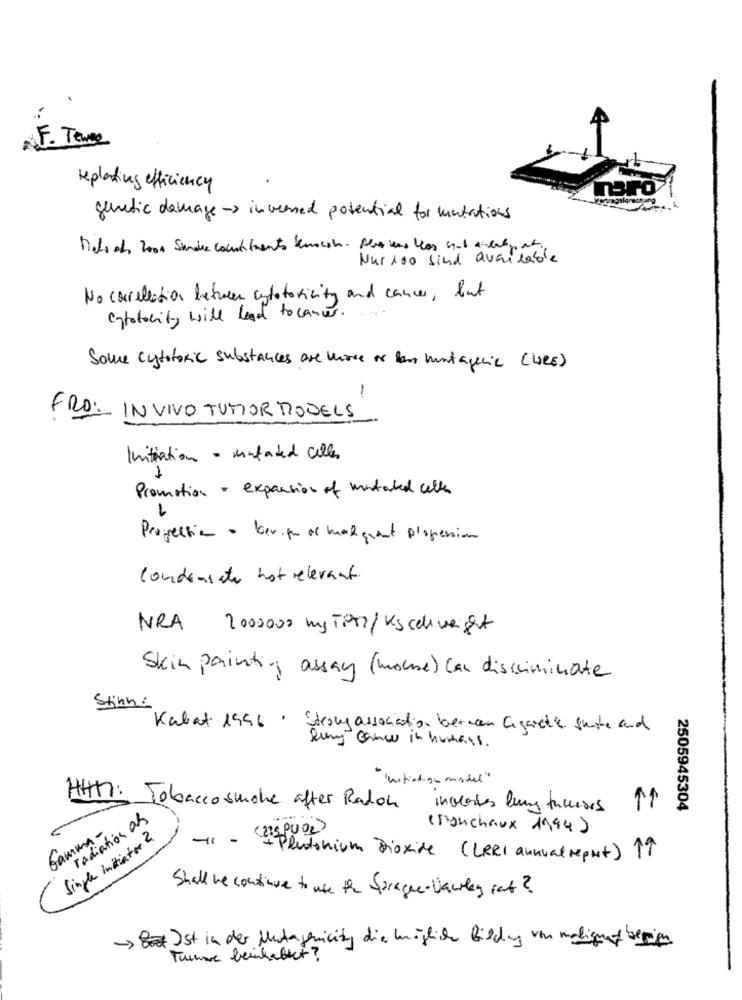
F. Twee
replanting efficiency
genetic demage-> increased potential for mutations
Deli ch 2000 Stunde constituento benocon. Pero uno las sal anderligist.
Nur 100 sind available
No correlation between cytotoxicity and cancer, but
entotocity will lead to cancer .
Some cytotoxic substances are more or lan vintagecil (LIRE)
-
FRO:
IN VIVO TUTOR MODELS
Initiation - mutated calles
Promotion - expansion of mutated call
Progression - beripe or malgrant profession
condensate hot relevant.
NRA 2000000 my Tits/ Kg schwergut
Skin painting assay (mouse) Can discriminate
Stinn:
Kabat 1996 . Steaky association between Cigarette state and
sewing cancer in humans.
Initiation masdel"
HHH: Tobaccosmoke after Radon invoices lens tumeses 11
2505945304
radiation as
Gamma -
(monchaux 1994)
Single Initiator 2
-i - "Plutonium Dioxide (LERI annualreport) 19
Shall we continue to use the Sprache-Varley rat ?
-> 8Ist in der Murtagenicity die möglich Bildung von maligent besign
Tumore beinhaltet?